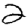
Digit: 2